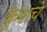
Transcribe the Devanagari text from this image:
कुशचे